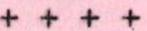
++++